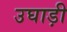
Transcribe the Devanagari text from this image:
उघाड़ी